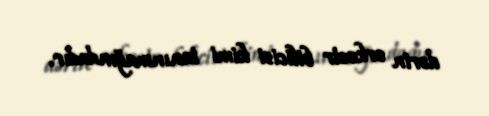
dərin orkestr bilicisi kimi tanınmağındadır.